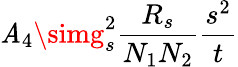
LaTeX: \mathit{A}_{4}\simg_{s}^{2}\frac{{R_{s}}}{{N_{1}N_{2}}}\frac{{s^{2}}}{{t}}